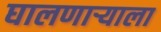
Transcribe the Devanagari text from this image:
घालणार्‍याला